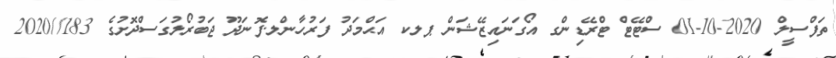
ތަފްސީލް 2020-10-01 ސްޓޭޓް ޓްރޭޑިންގ އޯގަނައިޒޭޝަން ޕލކ އަޙްމަދު ފަރުހާންލ.ފޮނަދޫ ޖަބުރޯލުގަސްދޮށުގެ 183//2020